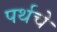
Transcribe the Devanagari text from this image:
पर्थचे